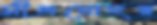
সীলমোহর